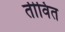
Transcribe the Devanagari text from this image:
तीवित